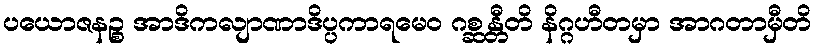
ပယောဇနဉ္စ အာဒိကလျာဏာဒိပ္ပကာရမေဝ ဂစ္ဆန္တီတိ နိဂ္ဂဟီတမှာ အာဂတာမှီတိ